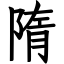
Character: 隋